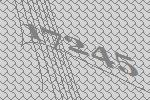
17245